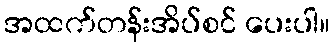
အထက်တန်းအိပ်စင် ပေးပါ။